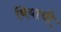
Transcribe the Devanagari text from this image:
बियाची